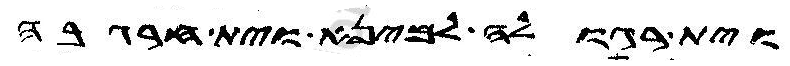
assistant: וית רגולה למינה וית חרגבה